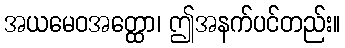
အယမေဝအတ္ထော၊ ဤအနက်ပင်တည်း။